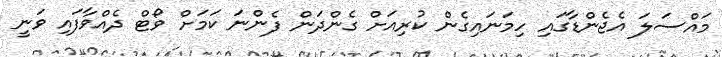
މައްސަލަ އެޖެންޑާގައި ހިމަނައިގެން ކުރިއަށް ގެންދަން ފެންނަ ކަމަށް ވޯޓް ދެއްވާފައި ވަނީ